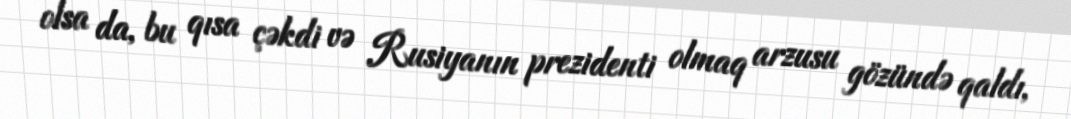
olsa da, bu qısa çəkdi və Rusiyanın prezidenti olmaq arzusu gözündə qaldı,